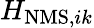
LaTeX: H_{\mathrm{NMS},ik}